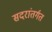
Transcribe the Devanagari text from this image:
सदरांतर्गत